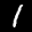
Label: 1